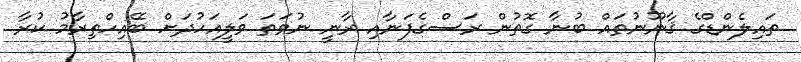
ތައިލެންޑްގެ ޤާނޫނުތައް ބުނާ ގޮތުން ރަސްގެފަނާއި ރާނީ ނުވަތަ ވަލީއަހުދަށް ބޭއިހްތިރާމު ކުރާ